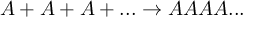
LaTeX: A + A + A + . . . \rightarrow A A A A . . .